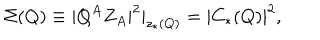
\Sigma ( Q ) \equiv | Q ^ { A } Z _ { A } | ^ { 2 } | _ { z _ { * } ( Q ) } = | C _ { * } ( Q ) | ^ { 2 } ,